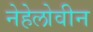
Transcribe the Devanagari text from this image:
नेहेलोवीन